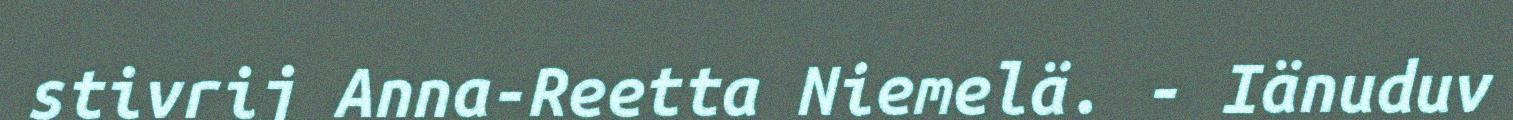
stivrij Anna-Reetta Niemelä. - Iänuduv